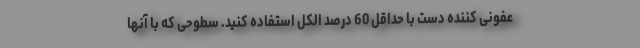
عفونی کننده دست با حداقل 60 درصد الکل استفاده کنید. سطوحی که با آنها